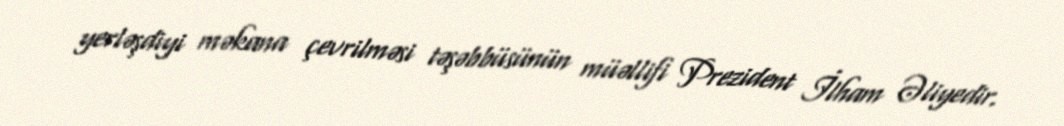
yerləşdiyi məkana çevrilməsi təşəbbüsünün müəllifi Prezident İlham Əliyedir.